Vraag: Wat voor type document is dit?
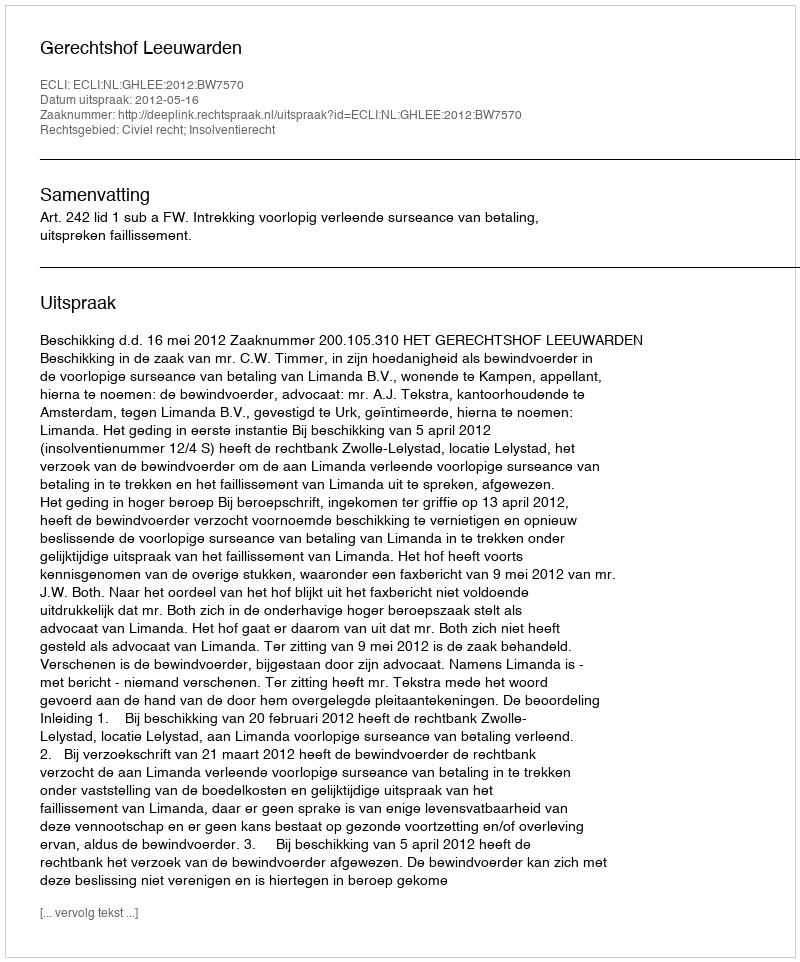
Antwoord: Uitspraak